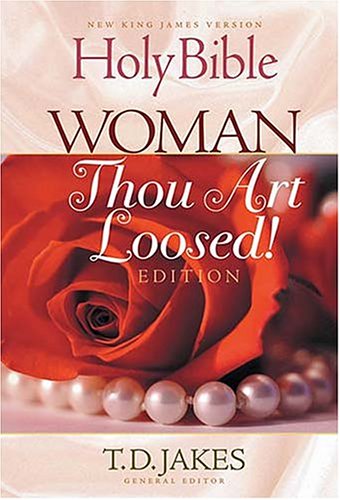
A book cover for Holy Bible, Woman Thou Art Loosed Edition; Christian Books & Bibles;